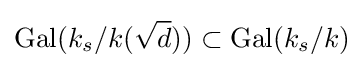
\operatorname {Gal} (k_{s}/k({\sqrt {d}}))\subset \operatorname {Gal} (k_{s}/k)